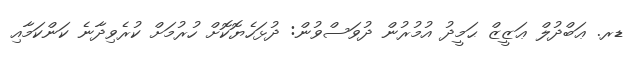
ޑރ. ޢަބްދުލް ޢަޒީޒް ޙަމީދު އުމުރުން ދުވަސްވުން: ދުޅަހެޔޮކޮށް ހުރުމަށް ކުރެވިދާނެ ކަންކަމާއި